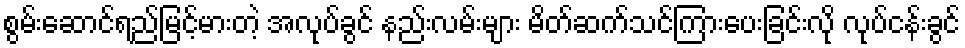
စွမ်းဆောင်ရည်မြင့်မားတဲ့ အလုပ်ခွင် နည်းလမ်းများ မိတ်ဆက်သင်ကြားပေးခြင်းလို လုပ်ငန်းခွင်